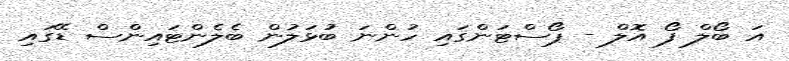
އަ ބޯލް ފޯ އޮލް - ޕޯސްޓަންގައި ހުންނަ ބުޅަލުން ބެލެންޓައިންސް ޑޭގައި